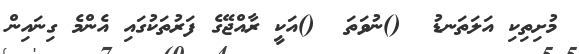
މުށިތިކި އަލަތަނޑު  ()ނުވަތަ  ()އަކީ ރާއްޖޭގެ ފަރުތަކުގައި އެންމެ ގިނައިން